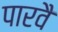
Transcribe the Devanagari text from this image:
पारवै